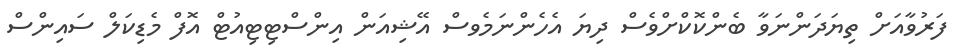
ފަރުވާއަށް ތިޔަދަންނަވާ ބެންކޮކްށްވެސް ދިޔަ އެހެންނަމެވސް އޭޝިއަން އިންސްޓިޓިއުޓް އޮފް މެޑިކަލް ސައިންސް